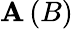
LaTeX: \mathbf{A}\left(B\right)